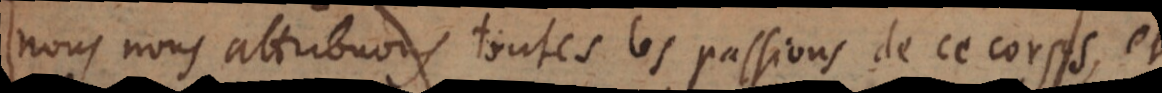
nous nous attribuons toutes les passions de ce corps, et